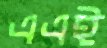
এএই